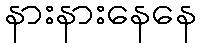
နားနားနေနေ